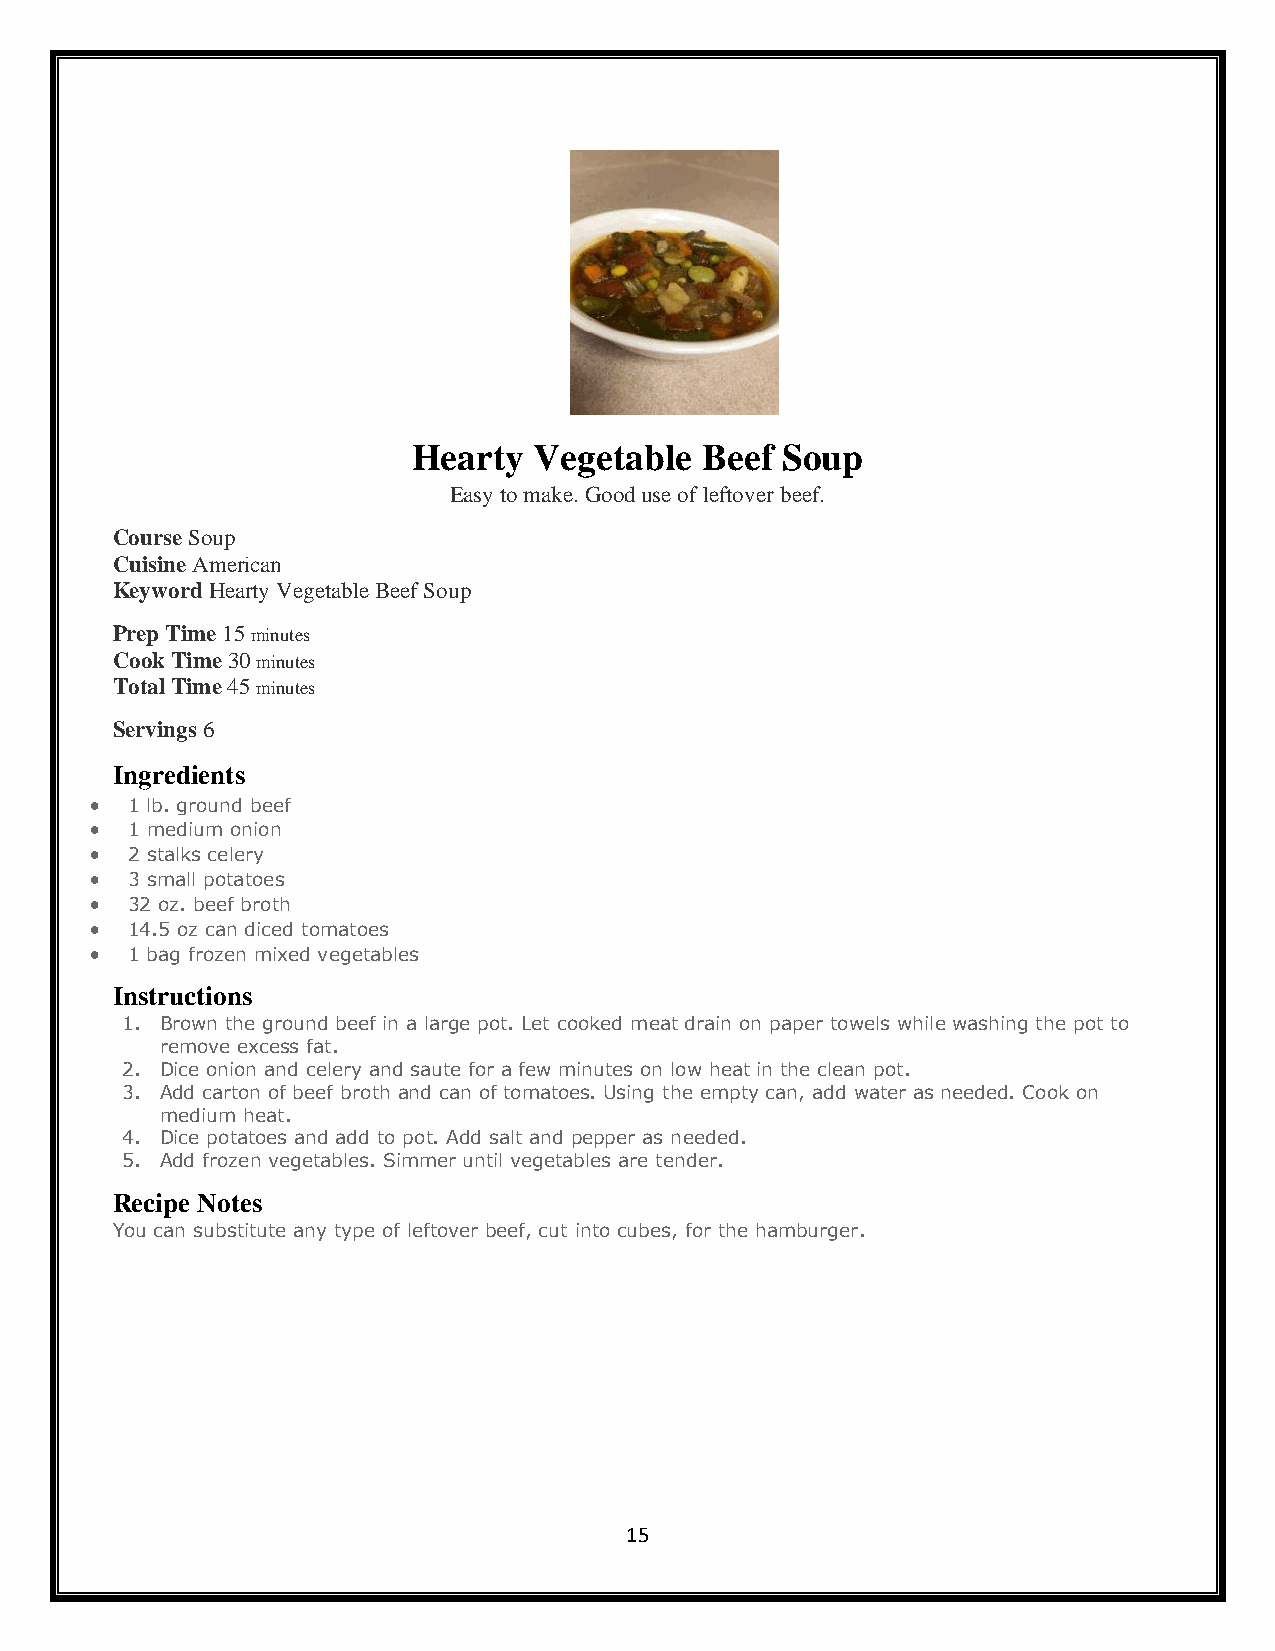
Hearty  Vegetable  Beef  Soup
 Easy to make. Good use of leftover beef.
 Course Soup
 Cuisine American
 Keyword Hearty Vegetable Beef Soup
 Prep Time 15 minutes
 Cook Time 30 minutes
 Total Time 45 minutes
 Servings 6
 Ingredients
 • 1 lb. ground beef
 • 1 medium onion
 • 2 stalks celery
 • 3 small potatoes
 • 32 oz. beef broth
 • 14.5 oz can diced tomatoes
 • 1 bag frozen mixed vegetables
 Instructions
 1. Brown the ground beef in a large pot. Let cooked meat drain on paper towels while washing the pot to
 remove excess fat.
 2. Dice onion and celery and saute for a few minutes on low heat in the clean pot.
 3. Add carton of beef broth and can of tomatoes. Using the empty can, add water as needed. Cook on
 medium heat.
 4. Dice potatoes and add to pot. Add salt and pepper as needed.
 5. Add frozen vegetables. Simmer until vegetables are tender.
 Recipe Notes
 You can substitute any type of leftover beef, cut into cubes, for the hamburger.
 15